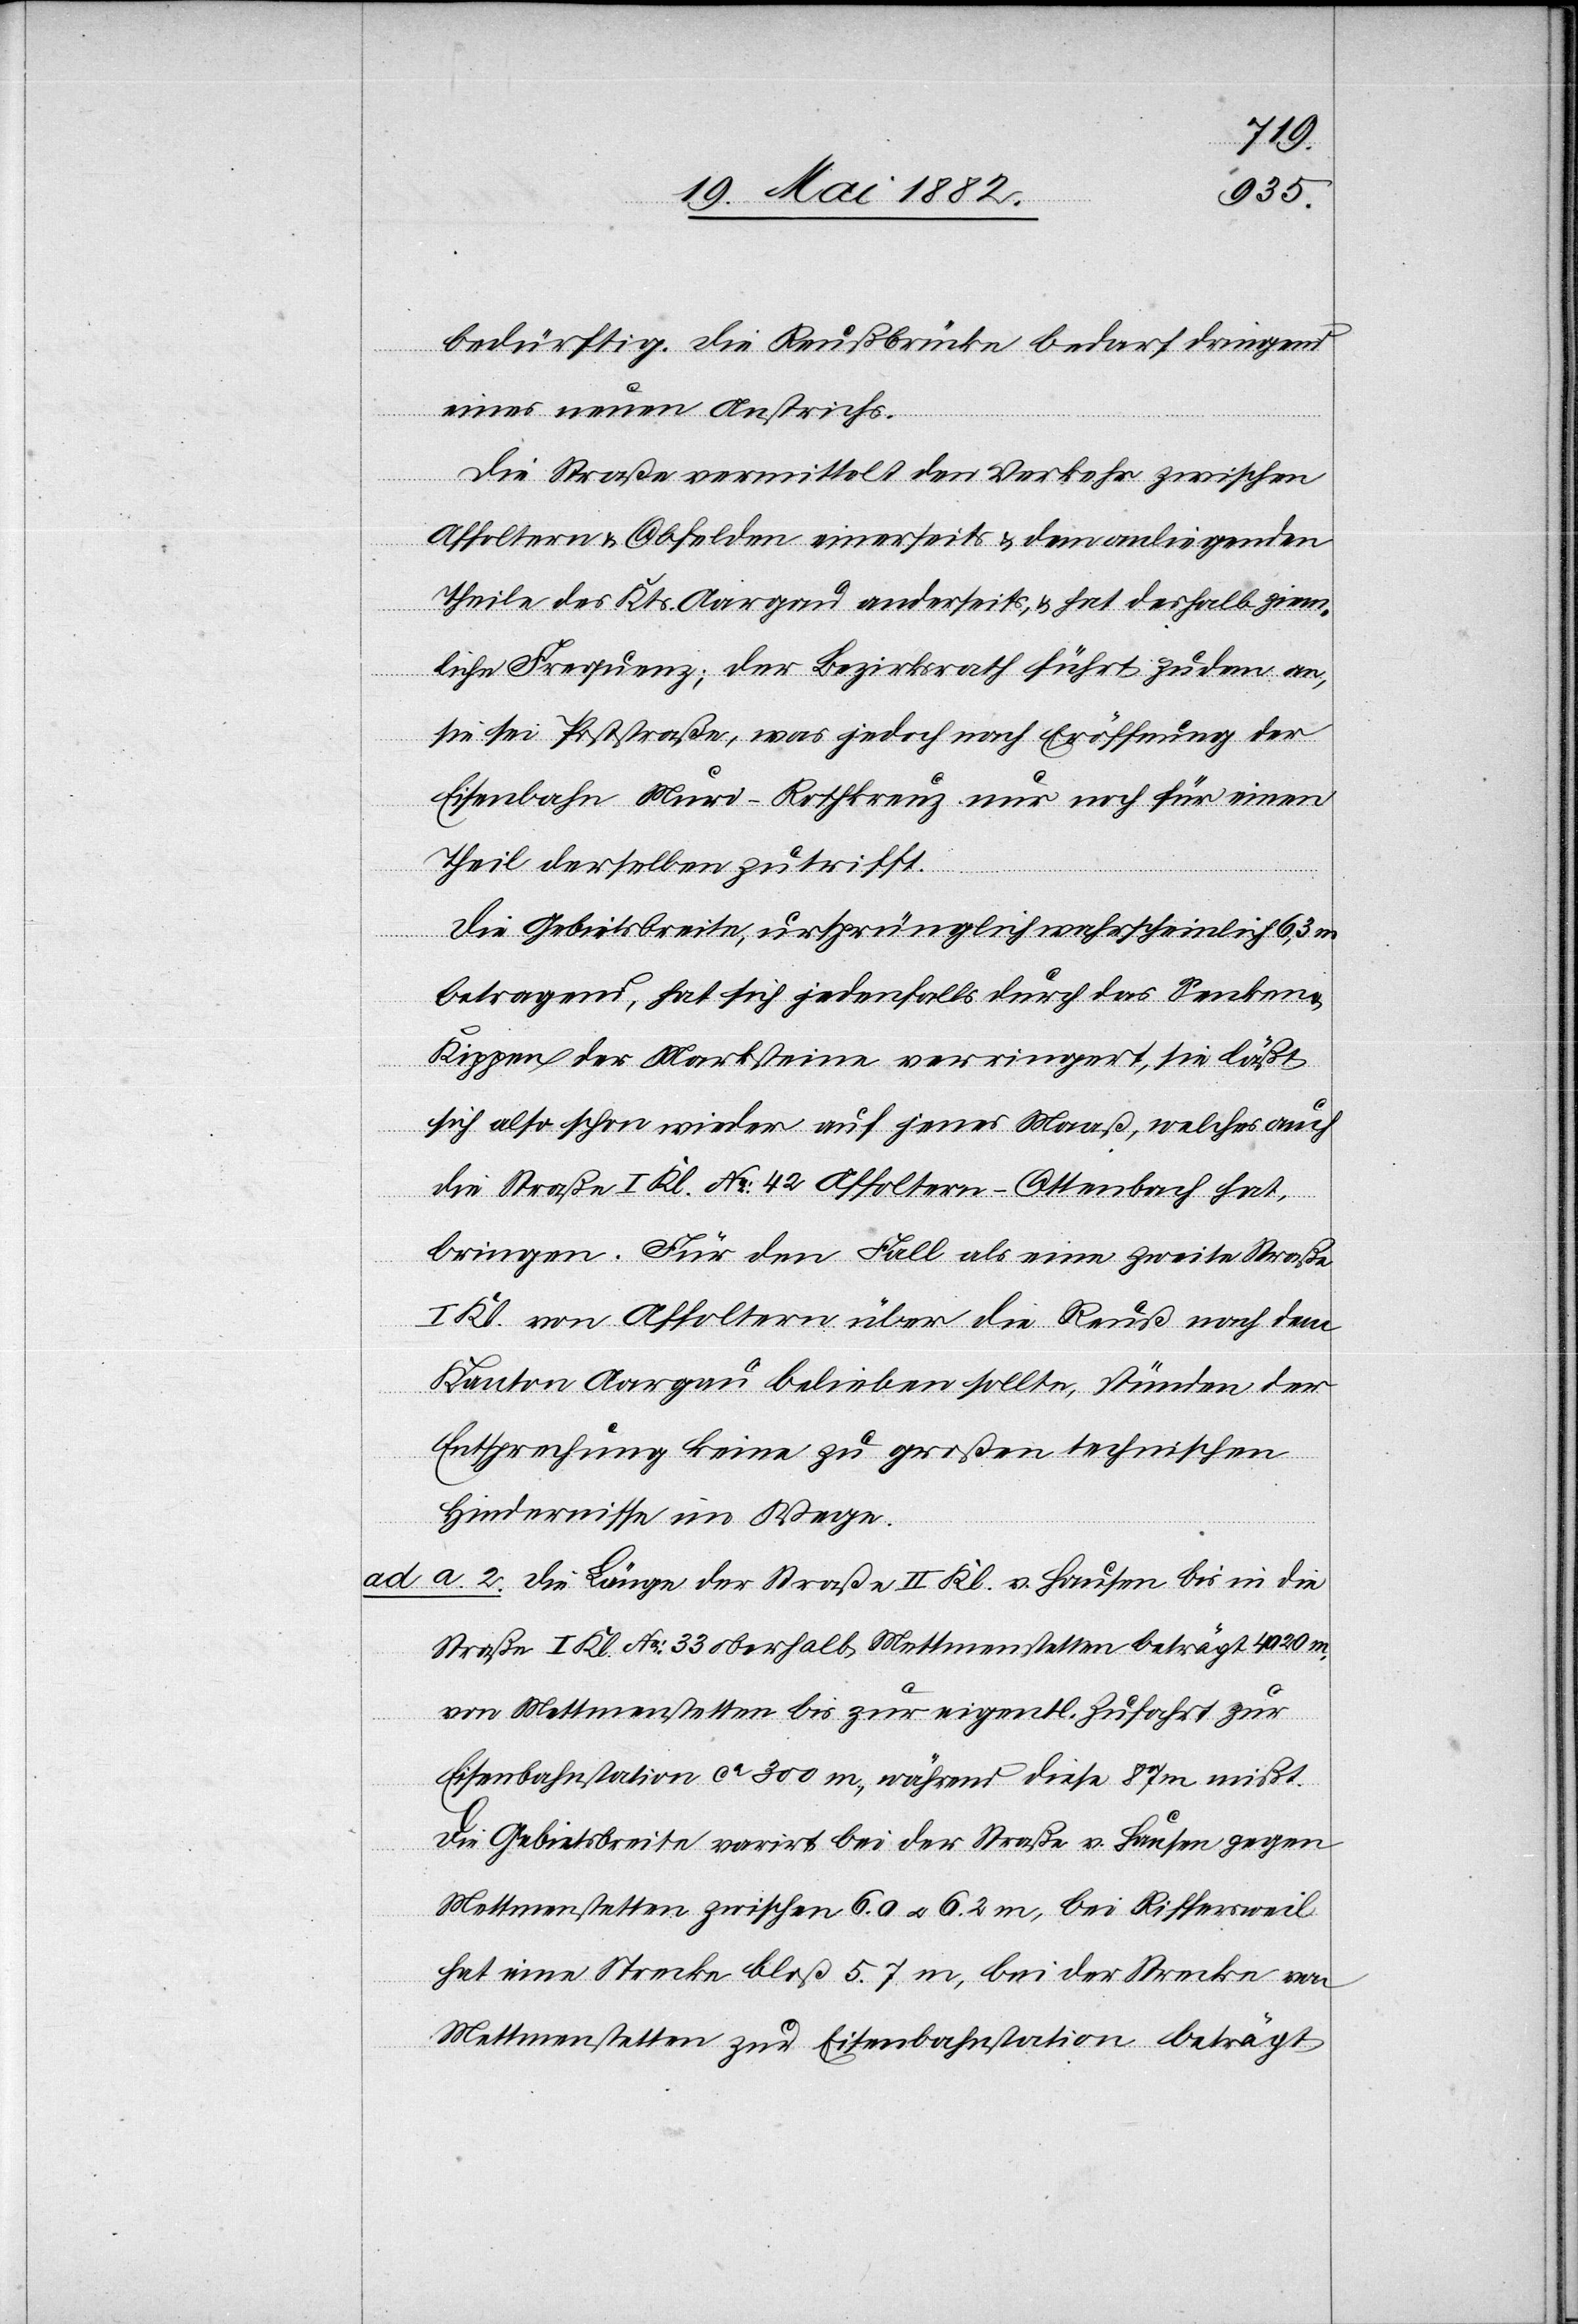
bedürftig. Die Reußbrücke bedarf dringend
eines neuen Anstrichs.
Die Straße vermittelt den Verkehr zwischen
Affoltern & Obfelden einerseits & dem anliegenden
Theile des Kts. Aargau anderseits, & hat d[i]eselbe ziem¬
liche Frequenz; der Bezirksrath führt zudem an,
sie sei Poststraße, was jedoch nach Eröffnung der
Eisenbahn Muri–Rothkreuz nur noch für einen
Theil derselben zutrifft.
Die Gebietsbreite, ursprünglich wahrscheinlich 6,3 m
betragend, hat sich jedenfalls durch das Senken
Kippen der Marksteine verringert, sie läßt
sich also schon wieder auf jenes Maaß, welches auch
die Straße I. Kl. No 42 Affoltern–Ottenbach hat,
bringen. Für den Fall als eine zweite Straße
I. Kl. von Affoltern über die Reuß nach dem
Kanton Aargau belieben sollte, stünden der
Entsprechung keine zu großen technischen
Hindernisse im Wege.
ad a. 2. Die Länge der Straße II. Kl. v. Hausen bis in die
Straße I. Kl. No 33 oberhalb Mettmenstetten beträgt 4020 m,
von Mettmenstetten bis zur eigentl. Zufahrt zur
Eisenbahnstation ca 300 m, während die 87 m mißt.
Die Gebietsbreite varirt bei der Straße v. Hausen gegen
Mettmenstetten zwischen 6.0 u. 6.2 m, bei Riffersweil
hat eine Strecke bloß 5.7 m, bei der Strecke von
Mettmenstetten zur Eisenbahnstation beträgt